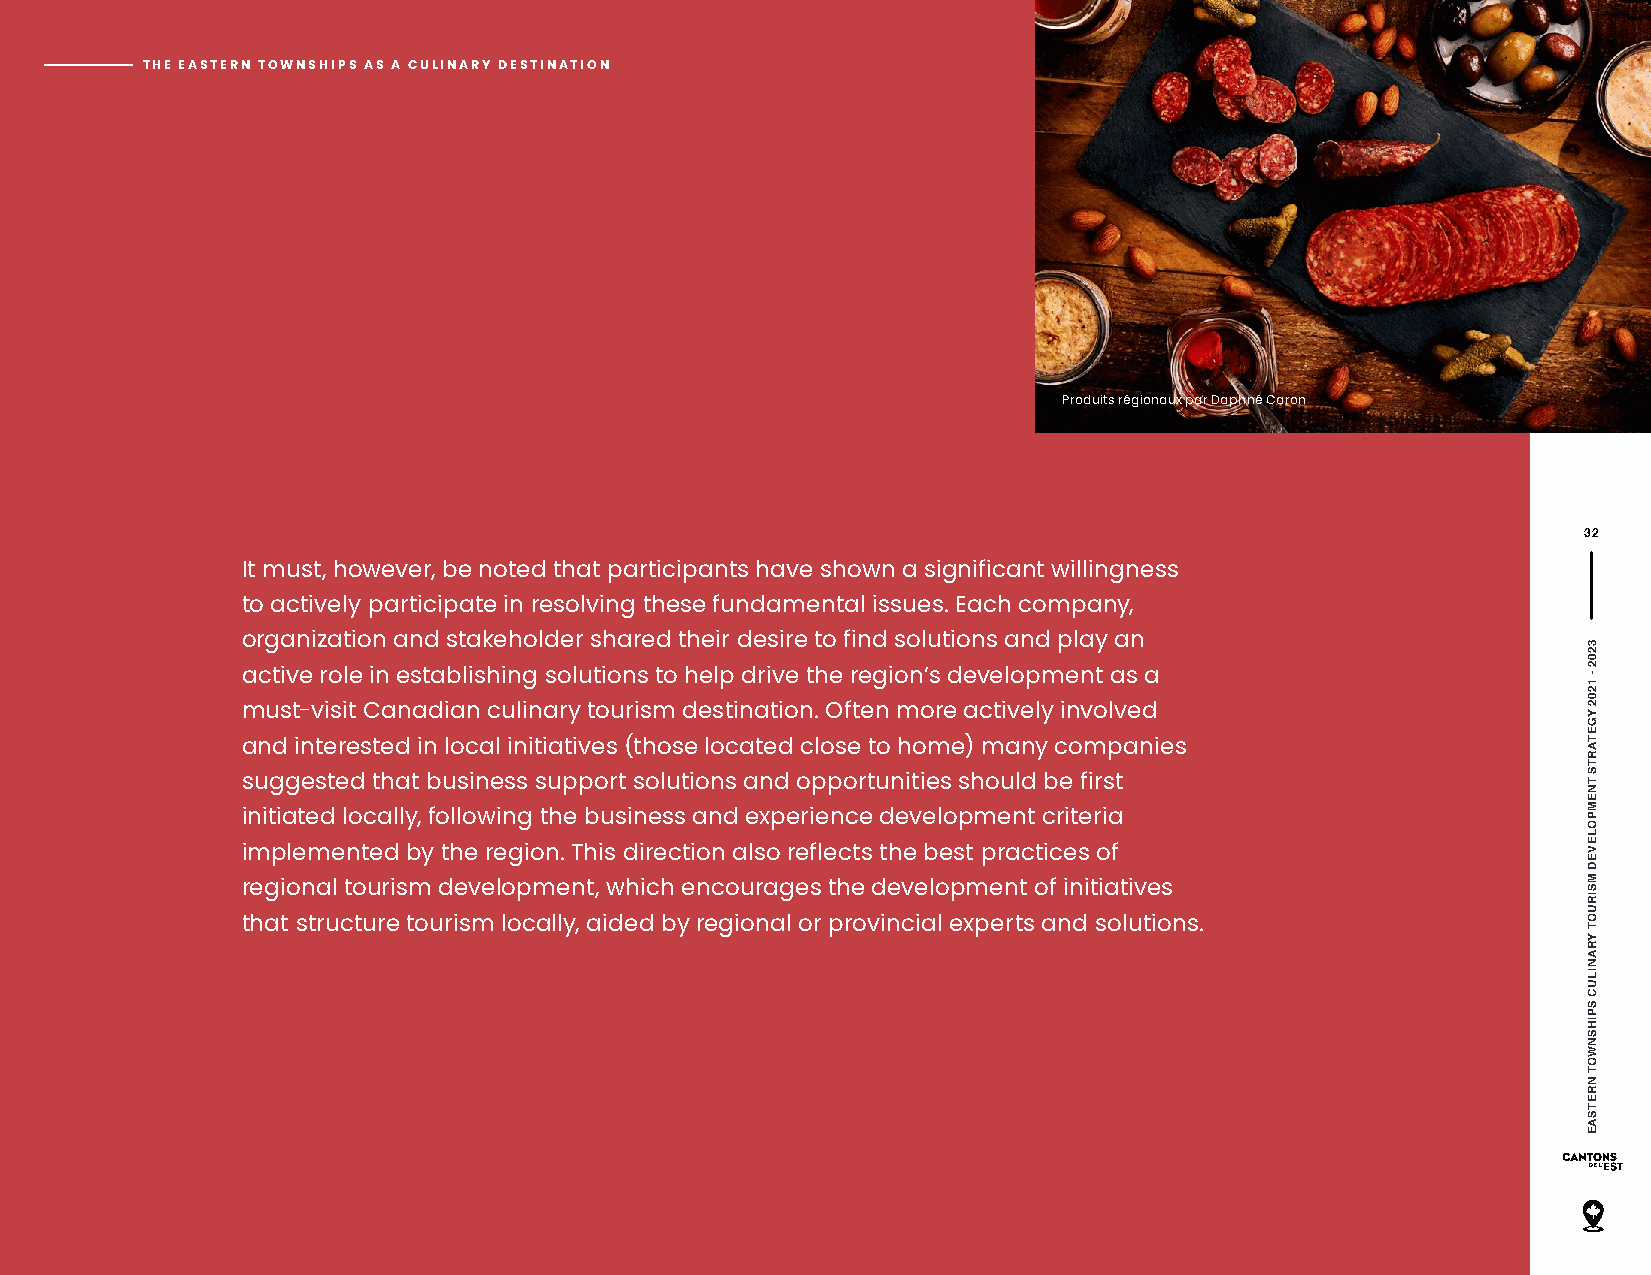
THE EASTERN TOWNSHIPS AS A CULINARY DESTINATION
 Produits régionaux par Daphné Caron
 32
 It must, however, be noted that participants have shown a significant willingness
 to actively participate in resolving these fundamental issues. Each company,
 organization and stakeholder shared their desire to find solutions and play an
 active role in establishing solutions to help drive the region’s development as a
 must-visit Canadian culinary tourism destination. Often more actively involved
 and interested in local initiatives (those located close to home) many companies
 suggested that business support solutions and opportunities should be first
 initiated locally, following the business and experience development criteria
 implemented by the region. This direction also reflects the best practices of
 regional tourism development, which encourages the development of initiatives
 that structure tourism locally, aided by regional or provincial experts and solutions.
 3202
 - 1202
 YGETARTS
 TNEMPOLEVED
 MSIRUOT
 YRANILUC
 SPIHSNWOT
 NRETSAE